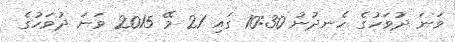
ވަނަ ދުވަހުގެ ހެނދުނު 10:30 ގައި 21 މޭ 2015 ވަނަ ދުވަހުގެ